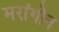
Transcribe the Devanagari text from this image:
मरांगोन